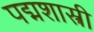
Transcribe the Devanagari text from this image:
पद्मशास्त्री